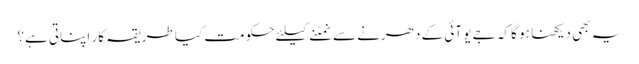
یہ بھی دیکھنا ہو گا کہ جے یو آئی کے دھرنے سے نمٹنے کیلئے حکومت کیا طریقہ کار اپناتی ہے؟